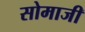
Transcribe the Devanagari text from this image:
सोमाजी